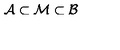
\mathcal { A } \subset \mathcal { M } \subset \mathcal { B }